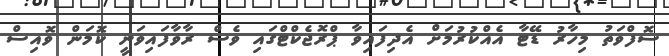
ސޮފްވަތު މިހާރު ޑޭޓާ އެއްކުރުމަށް އެދިފައިވާ ޕްރޮޖެކްޓްގައި ވެސް ރާވާފައިވަނީ ކޮމަން ވޮއިސް